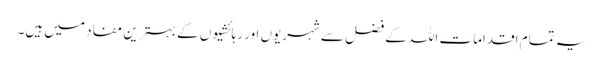
یہ تمام اقدامات اللہ کے فضل سے شہریوں اور رہائشیوں کے بہترین مفاد میں ہیں۔